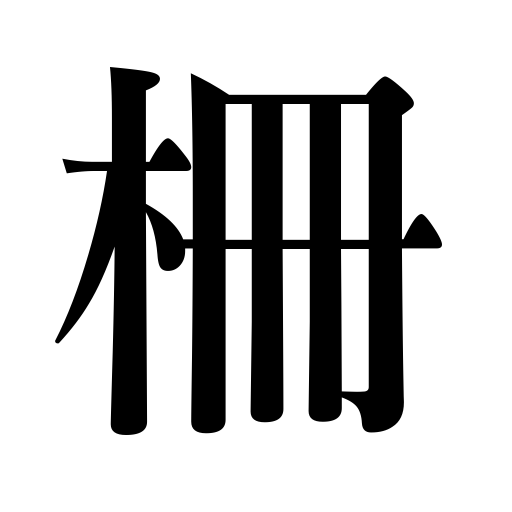
Meanings: stockade,palisade,fence